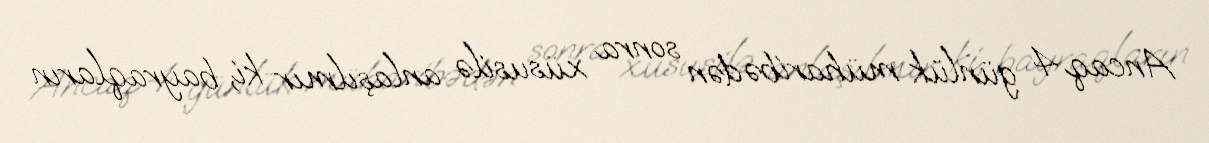
Ancaq 4 günlük müharibədən sonra xüsusilə anlaşılmır ki, bayraqların